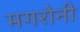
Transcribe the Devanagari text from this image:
मगरोनी